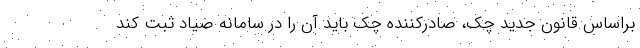
براساس قانون جدید چک، صادرکننده چک باید آن را در سامانه صیاد ثبت کند